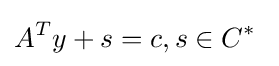
A^{T}y+s=c,s\in C^{*}\